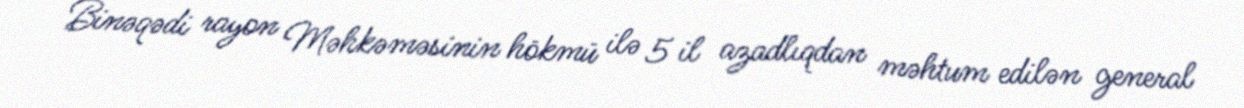
Binəqədi rayon Məhkəməsinin hökmü ilə 5 il azadlıqdan məhtum edilən general